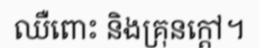
ឈឺពោះ និងគ្រុនក្តៅ។